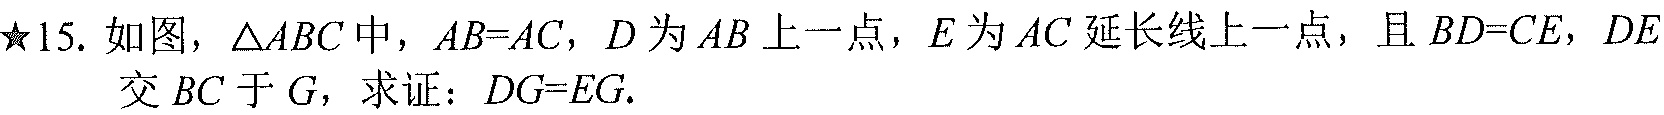
★15. 如图，\(\triangle ABC\)中，\(AB = AC\)，\(D\)为\(AB\)上一点，\(E\)为\(AC\)延长线上一点，且\(BD = CE\)，\(DE\)交 \(BC\) 于 \(G\)，求证：\(DG = EG\).